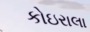
કોઇરાલા